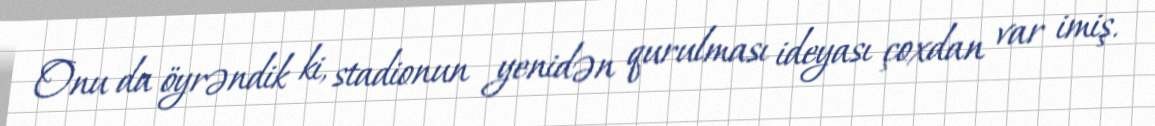
Onu da öyrəndik ki, stadionun yenidən qurulması ideyası çoxdan var imiş.